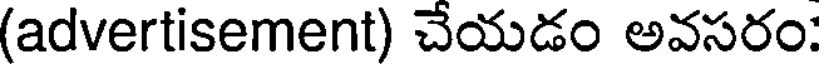
(advertisement) చేయడం అవసరం: